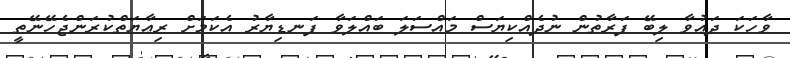
ވާހަކަ ދަޢުވާ ލިބޭ ފަރާތުން ނުދެއްކިޔަސް މައްސަލަ ބައްލަވާ ފަނޑިޔާރު އެކަމަށް ރިޢާޔަތްކުރަންޖެހޭނޭތީ